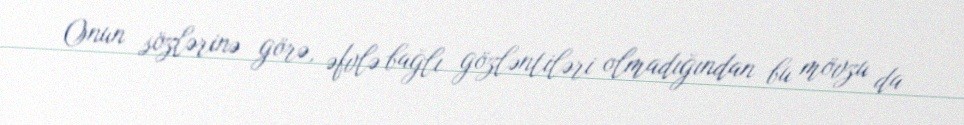
Onun sözlərinə görə, əfvlə bağlı gözləntiləri olmadığından bu mövzu da